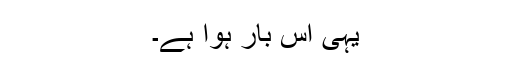
یہی اِس بار ہوا ہے۔